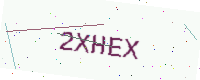
Text: 2XHEX